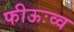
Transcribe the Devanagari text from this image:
फीऊःव्व